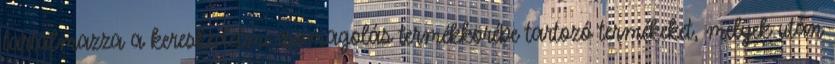
tartalmazza a kereskedelmi csomagolás termékkörébe tartozó termékeket, melyek után